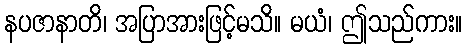
နပဇာနာတိ၊ အပြာအားဖြင့်မသိ။ မယံ၊ ဤသည်ကား။